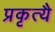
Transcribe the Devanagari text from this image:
प्रकृत्यै